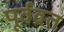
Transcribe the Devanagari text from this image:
पूर्वव्रत